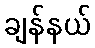
ချန်နယ်